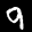
Label: 9